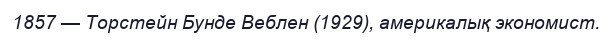
1857 — Торстейн Бунде Веблен (1929), америкалық экономист.